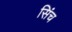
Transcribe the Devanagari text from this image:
सिंच